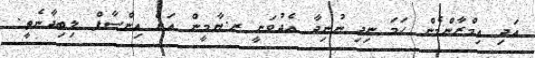
އަދި އިމްރާންމެން ހަމަ ނިދި ނުނިދާ އެދުވަނީ ރ.ޔާމީން އަށް އިންސާފް ލިބިދާނެތީ.